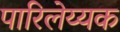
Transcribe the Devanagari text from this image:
पारिलेय्यक